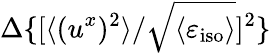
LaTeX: \Delta\{ [\langle{(u^{x})^{2}}\rangle/\sqrt{\langle{\varepsilon_{\textrm{iso}}}\rangle}]^{2}\}